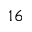
1 6